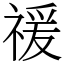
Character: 禐